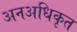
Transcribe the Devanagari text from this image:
अनअधिकृत